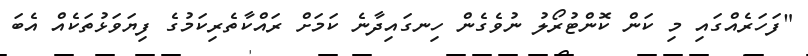
"ފަހަރެއްގައި މި ކަން ކޮންޓުރޯލު ނުވެގެން ހިނގައިދާނެ ކަމަށް ރައްކާތެރިކަމުގެ ފިޔަވަޅުތަކެއް އެބަ